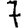
Digit: 7